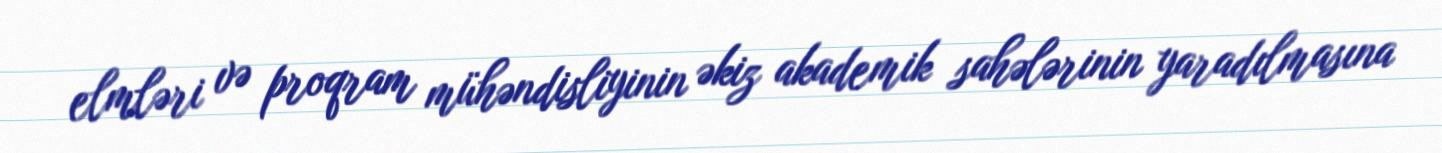
elmləri və proqram mühəndisliyinin əkiz akademik sahələrinin yaradılmasına